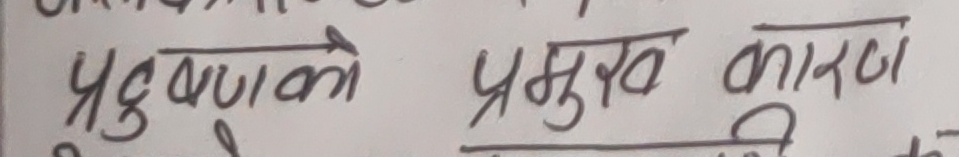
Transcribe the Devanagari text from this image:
प्रदुषणको प्रमुख कारण